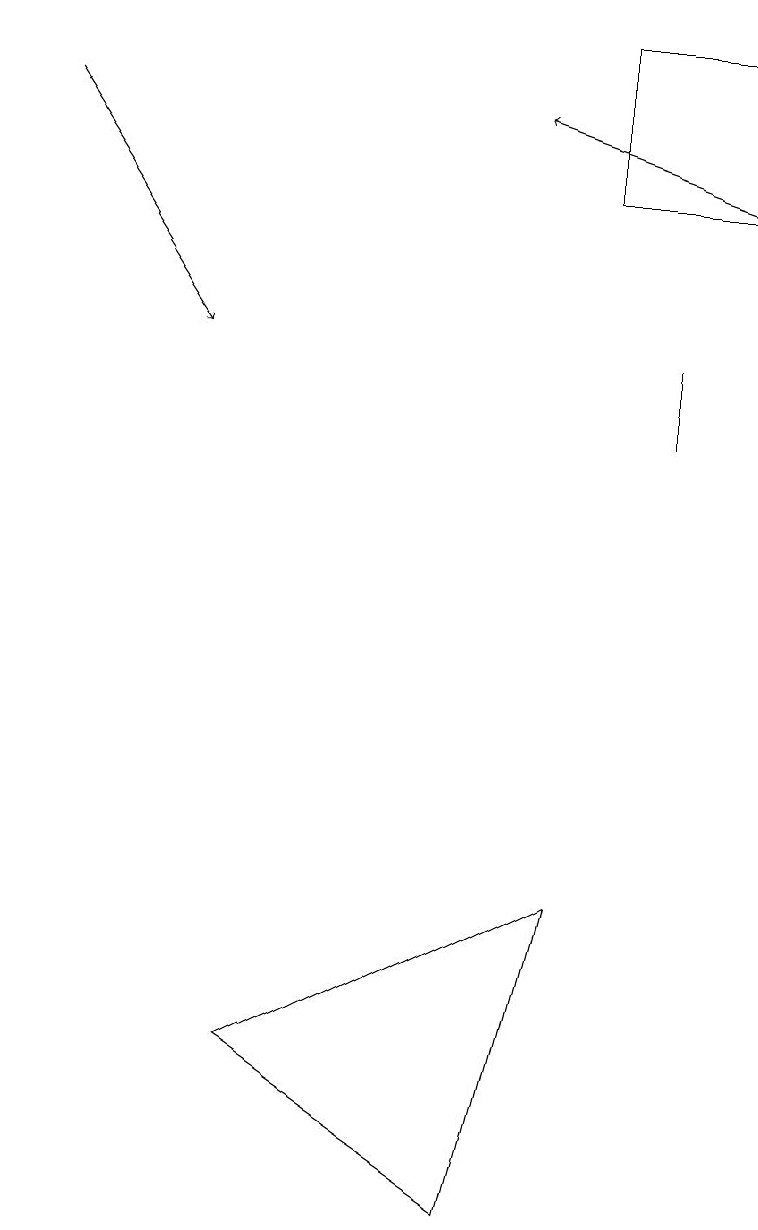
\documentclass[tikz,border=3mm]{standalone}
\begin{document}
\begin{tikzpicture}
\draw (8,10) rectangle (8,11);
\draw[->] (9,13) -- (6,14);
\draw[->] (0,14) -- (2,11);
\draw (7,13) rectangle (9,15);
\draw (7,4) -- (3,2) -- (6,0) -- cycle;
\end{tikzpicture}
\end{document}